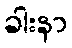
ခါးနာ